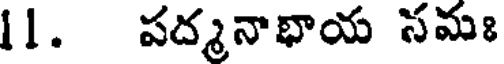
11. పద్మనాభాయ నమః